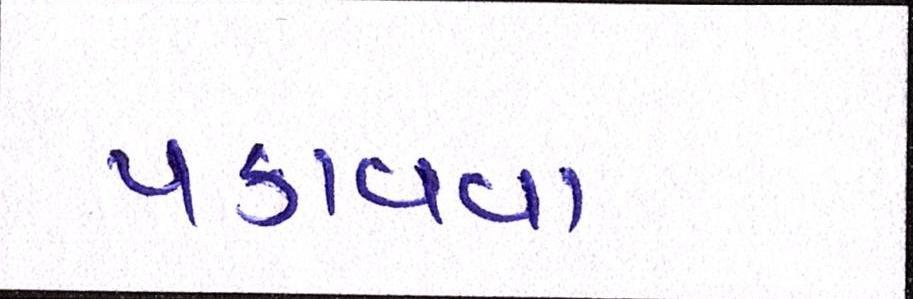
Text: પકાવવા